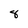
Character: 8